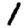
Digit: 1